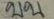
บน